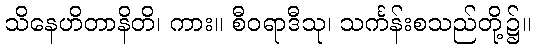
သိနေဟိတာနိတိ၊ ကား။ စီဝရာဒီသု၊ သင်္ကန်းစသည်တို့၌။